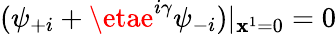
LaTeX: (\psi_{+i}+\etae^{i\gamma}\psi_{-i})|_{\mathbf{x}^{1}=0}=0